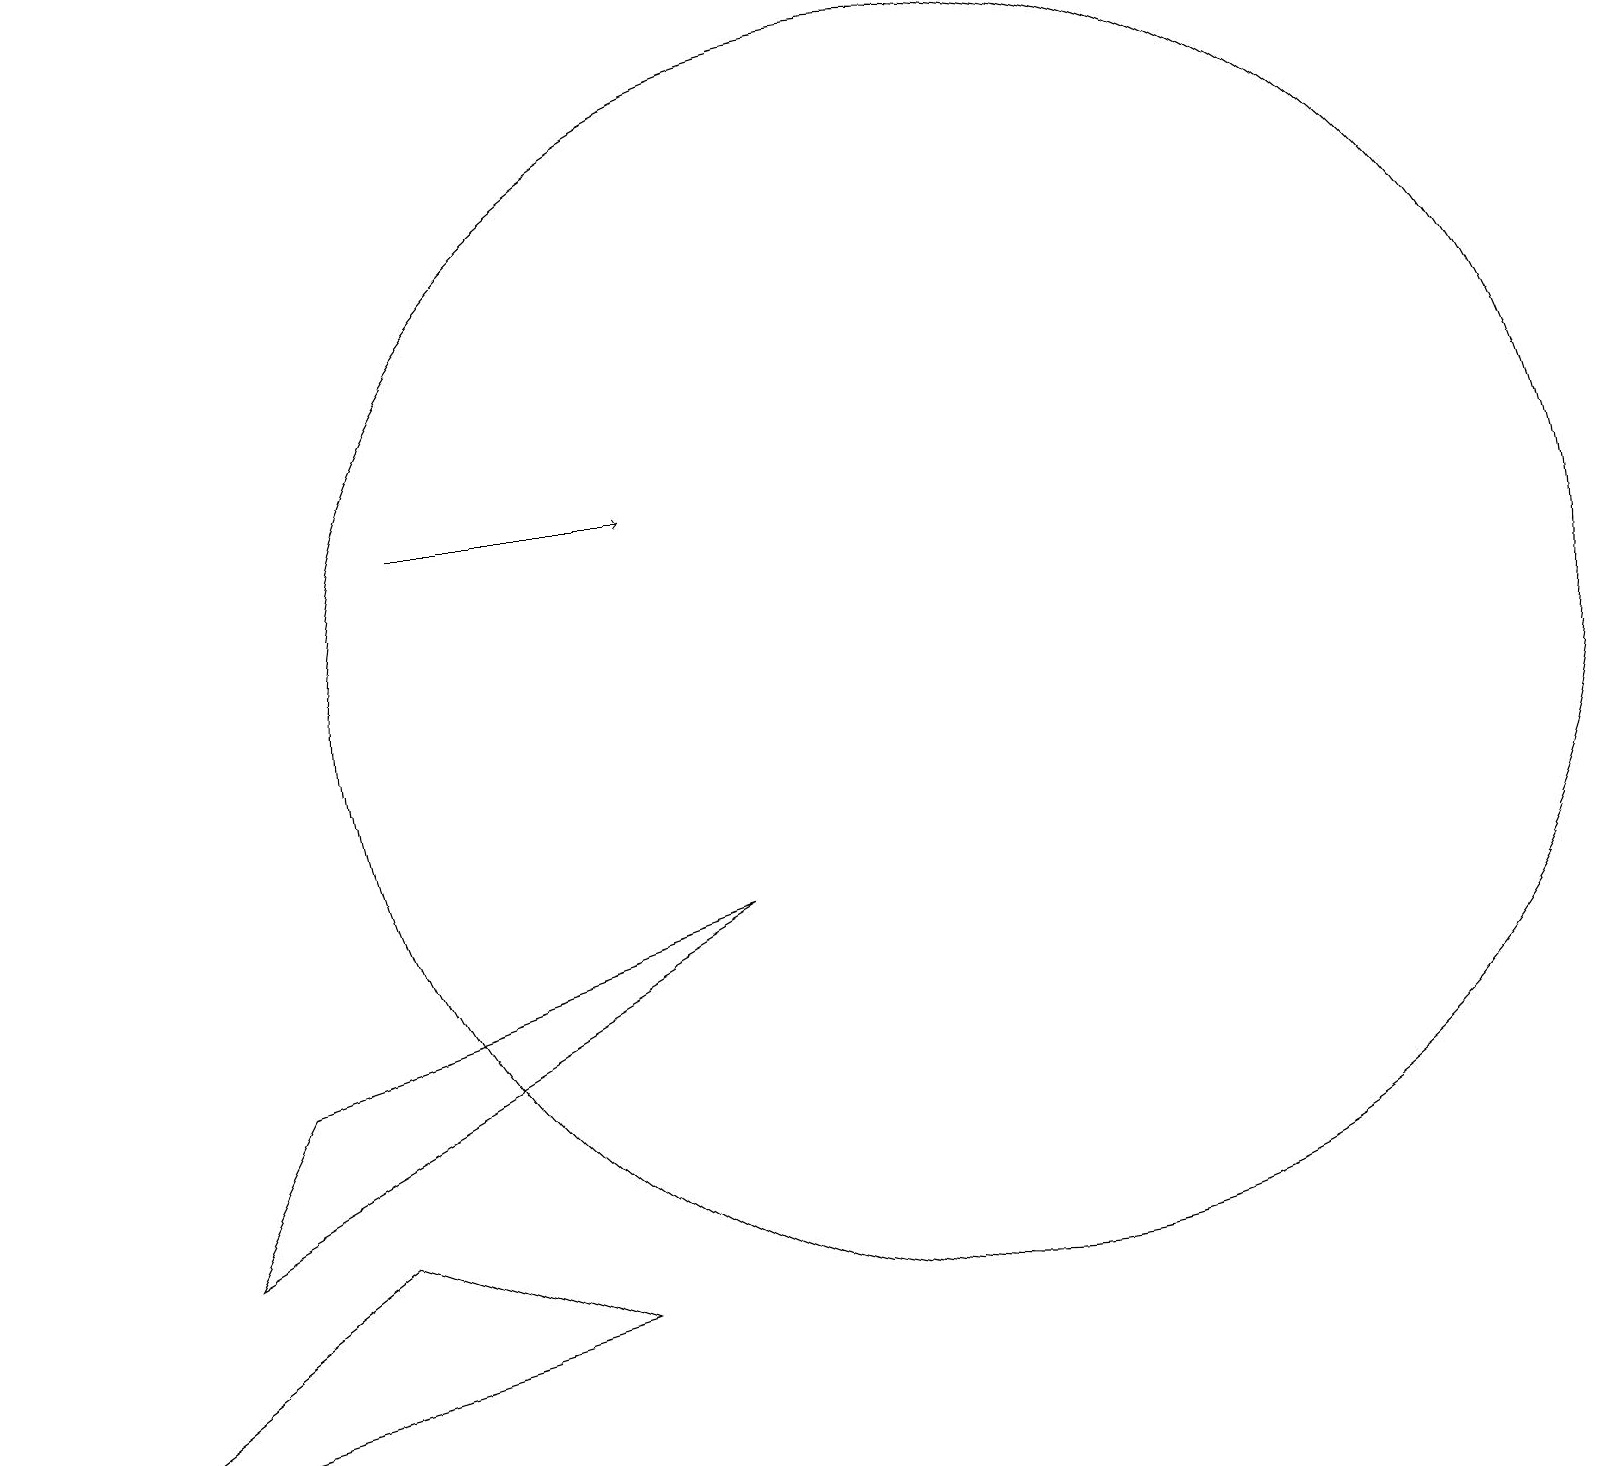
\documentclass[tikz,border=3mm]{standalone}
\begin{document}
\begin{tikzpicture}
\draw (12,10) circle (8);
\draw[->] (5,12) -- (8,12);
\draw (7,2) -- (4,3) -- (0,0) -- cycle;
\draw (3,5) -- (9,7) -- (2,3) -- cycle;
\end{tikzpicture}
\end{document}